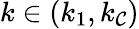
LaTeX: k\in(k_{1},k_{\mathcal{C}})